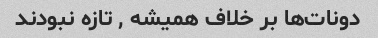
دونات‌ها بر خلاف همیشه , تازه نبودند